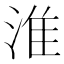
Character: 淮